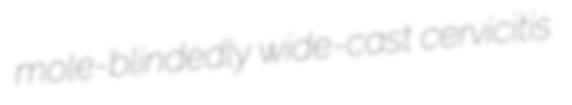
mole-blindedly wide-cast cervicitis